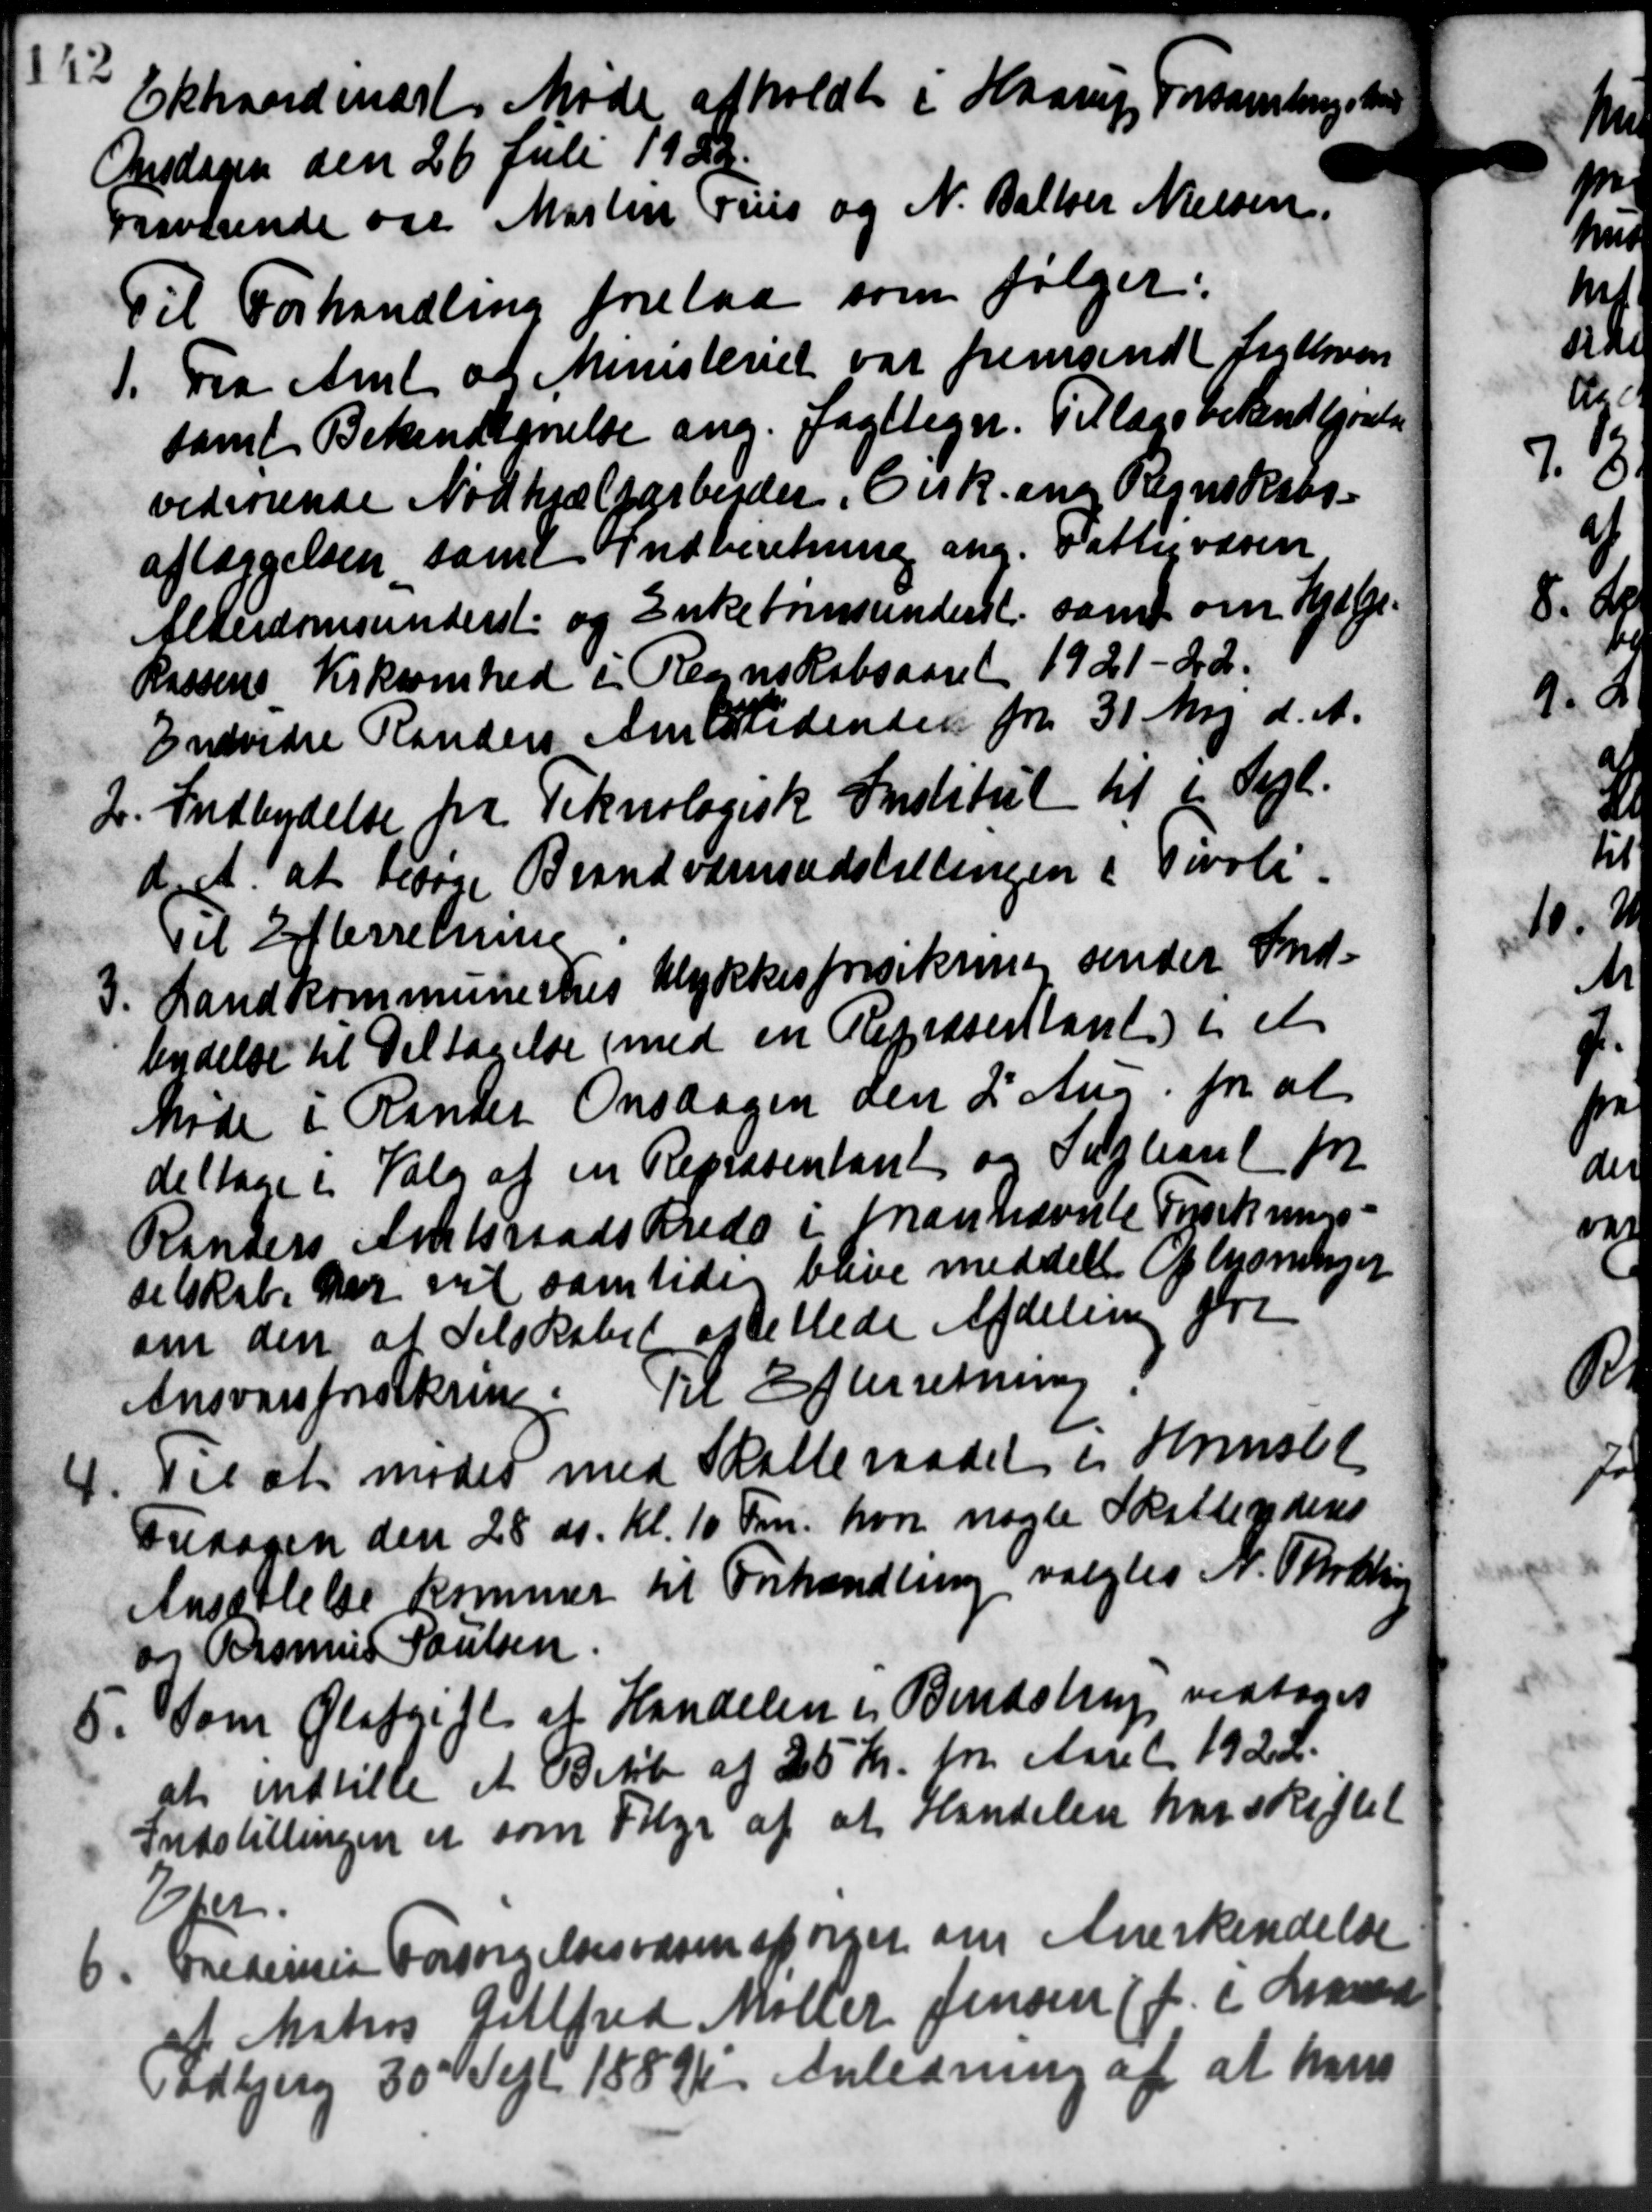
Transskription:
Ektraordinært Møde afholdt i Haarup Forsamling
Onsdagen den 26 Juli 1922.
Fraværende og Martin Friis og N. Baller Nielsen.
Til Forhandling forelaa som følger:
1. Fra Amt af Ministeriet var fremsendt for over
1. Fra Amt af Ministeriet var fremsendt for over
samt Bekendtgørelse ang. Jagttegn. Tillægsbekendtgørelse
vedrørende Nødhjælparbejder, Cirk. ang Regnskabs-
aflæggelsen som Indberetning ang. Fattigvæsen
Alderdomsunderst og Enkebørnsunderst. samt om Hjælp
Kassens Kirksomhed i Regnskabsaaret 1921-22.
Endvidre Randers Amtstidensen fra 31 Maj d. A.
2. Indbydelse fra Teknologisk Institut til 2 Segl.
2. Indbydelse fra Teknologisk Institut til 2 Segl.
dret at redage Brandværnsudstillingen i Tivoli.
Til Efterretning
3. Landkommunernes Ulykkesforsikring sender Ind-
3. Landkommunernes Ulykkesforsikring sender Ind-
bydelse til Deltagelse med en Repræsentant) i et
Møde i Rander Onsdagen den 2 Aug. for at
deltage i Valg af en Repræsentant og Supleant for
Randers Amtsraadskreds i man nævnte Træknings-
selskab har vil samtidig blive meddelte Oplysning
om den at Selskabet oplettede Afdeling fora
Ansvarsforsikring. Til Efterretning
Til at mødet med Skatteraadet i Hornsl
4.
Fredagen den 28 ds. Kl. 10 Kr. hvor nogle Skatteyderes
Ansættelse kommer til Forhandling valgtes N. Thot
og Rasmus Poulsen
5. Som Olafgift af Handelen i Bendstrup vedtoges
5. Som Olafgift af Handelen i Bendstrup vedtoges
at indtille et Beløb af 25 Kr. for Aaret 1922.
Indstillingen er som Følge af at Handelen har skiftet
Eber
6. Fredericia Forsørgelsesvæsen spørger om Anerkendelse
6. Fredericia Forsørgelsesvæsen spørger om Anerkendelse
af Matros Gillfred Møller Jensen (f. i Land
Todbjerg 30 Sept 1889. Anledning af at hans